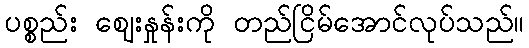
ပစ္စည်း ဈေးနှုန်းကို တည်ငြိမ်အောင်လုပ်သည်။